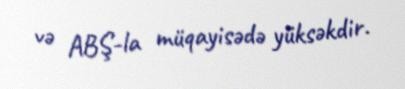
və ABŞ-la müqayisədə yüksəkdir.